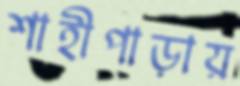
শাহীপাড়ায়